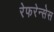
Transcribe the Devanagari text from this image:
रेफरेन्सेस